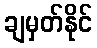
ချမှတ်နိုင်